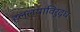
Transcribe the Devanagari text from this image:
हल्ल्यांविरुद्ध